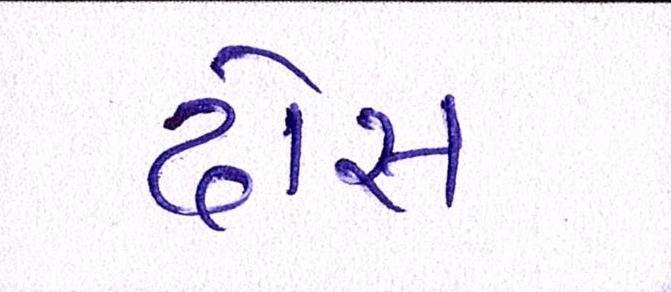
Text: ઢોસ